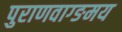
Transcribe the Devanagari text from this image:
पुराणवाग्ङमय